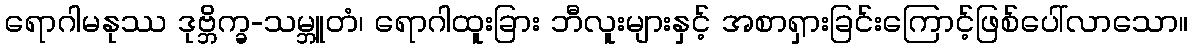
ရောဂါမနုဿ ဒုဗ္ဘိက္ခ-သမ္ဘူတံ၊ ရောဂါထူးခြား ဘီလူးများနှင့် အစာရှားခြင်းကြောင့်ဖြစ်ပေါ်လာသော။